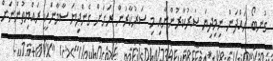
ގުނބޯ ހައްދަން ނިމިދިޔަ ސަރުކާރުންނާއި މި ސަރުކާރުން ރަށަށް ގެންދިޔަ ސާމާނަކީ ރައްޔިތުންނަށް